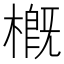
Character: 槪